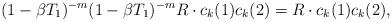
LaTeX: \begin{align*}(1-\beta T_1)^{-m} (1-\beta T_1)^{-m} R \cdot c_k(1) c_k(2) = R \cdot c_k(1) c_k(2),\end{align*}